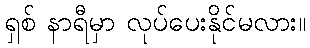
ရှစ် နာရီမှာ လုပ်ပေးနိုင်မလား။